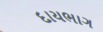
દાયભાગ